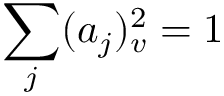
\sum _ { j } ( a _ { j } ) _ { v } ^ { 2 } = 1